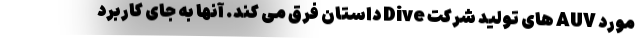
مورد AUV های تولید شرکت Dive داستان فرق می کند. آنها به جای کاربرد